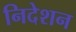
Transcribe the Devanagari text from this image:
निदेशन